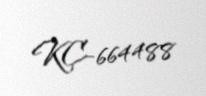
KC-664488